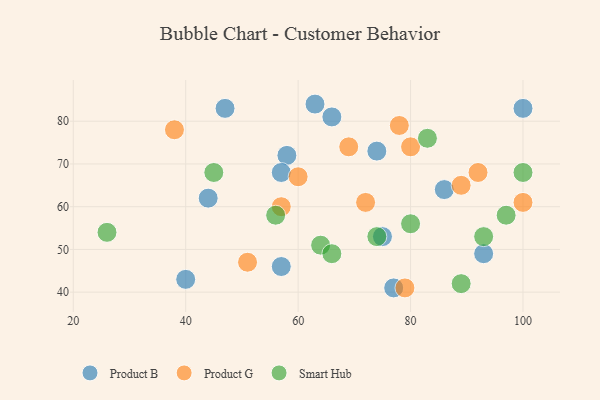
{"axis": {"x": "GDP", "y": "Life Expectancy"}, "legend": ["Product B", "Product G", "Smart Hub"], "data": [{"x": "93", "y": 49, "type": "Product B"}, {"x": "58", "y": 72, "type": "Product B"}, {"x": "74", "y": 73, "type": "Product B"}, {"x": "77", "y": 41, "type": "Product B"}, {"x": "57", "y": 46, "type": "Product B"}, {"x": "40", "y": 43, "type": "Product B"}, {"x": "86", "y": 64, "type": "Product B"}, {"x": "47", "y": 83, "type": "Product B"}, {"x": "100", "y": 83, "type": "Product B"}, {"x": "75", "y": 53, "type": "Product B"}, {"x": "66", "y": 81, "type": "Product B"}, {"x": "63", "y": 84, "type": "Product B"}, {"x": "57", "y": 68, "type": "Product B"}, {"x": "44", "y": 62, "type": "Product B"}, {"x": "69", "y": 74, "type": "Product G"}, {"x": "57", "y": 60, "type": "Product G"}, {"x": "80", "y": 74, "type": "Product G"}, {"x": "60", "y": 67, "type": "Product G"}, {"x": "100", "y": 61, "type": "Product G"}, {"x": "79", "y": 41, "type": "Product G"}, {"x": "38", "y": 78, "type": "Product G"}, {"x": "72", "y": 61, "type": "Product G"}, {"x": "78", "y": 79, "type": "Product G"}, {"x": "92", "y": 68, "type": "Product G"}, {"x": "51", "y": 47, "type": "Product G"}, {"x": "89", "y": 65, "type": "Product G"}, {"x": "83", "y": 76, "type": "Smart Hub"}, {"x": "56", "y": 58, "type": "Smart Hub"}, {"x": "89", "y": 42, "type": "Smart Hub"}, {"x": "100", "y": 68, "type": "Smart Hub"}, {"x": "97", "y": 58, "type": "Smart Hub"}, {"x": "93", "y": 53, "type": "Smart Hub"}, {"x": "74", "y": 53, "type": "Smart Hub"}, {"x": "80", "y": 56, "type": "Smart Hub"}, {"x": "26", "y": 54, "type": "Smart Hub"}, {"x": "64", "y": 51, "type": "Smart Hub"}, {"x": "45", "y": 68, "type": "Smart Hub"}, {"x": "66", "y": 49, "type": "Smart Hub"}]}